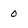
Character: O